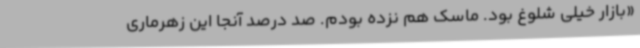
«بازار خیلی شلوغ بود. ماسک هم نزده بودم. صد درصد آنجا این زهرماری